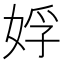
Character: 娐